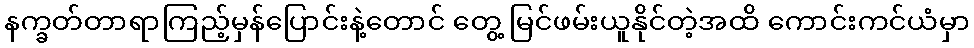
နက္ခတ်တာရာကြည့်မှန်ပြောင်းနဲ့တောင် တွေ့ မြင်ဖမ်းယူနိုင်တဲ့အထိ ကောင်းကင်ယံမှာ